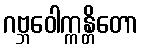
ဂဗ္ဘဝေါက္ကန္တိတော